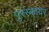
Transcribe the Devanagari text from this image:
पुरस्कायर